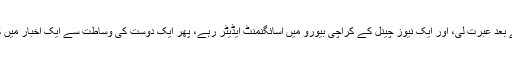
اس کے بعد عبرت لی، اور ایک نیوز چینل کے کراچی بیورو میں اسائگنمنٹ ایڈیٹر رہے، پھر ایک دوست کی وساطت سے ایک اخبار میں کام کیا۔